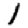
Digit: 1